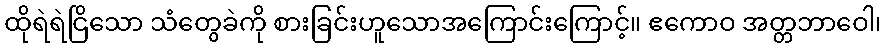
ထိုရဲရဲငြိသော သံတွေခဲကို စားခြင်းဟူသောအကြောင်းကြောင့်။ ဧကောဝ အတ္တဘာဝေါ၊